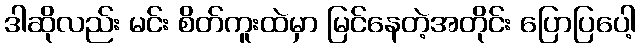
ဒါဆိုလည်း မင်း စိတ်ကူးထဲမှာ မြင်နေတဲ့အတိုင်း ပြောပြပေါ့